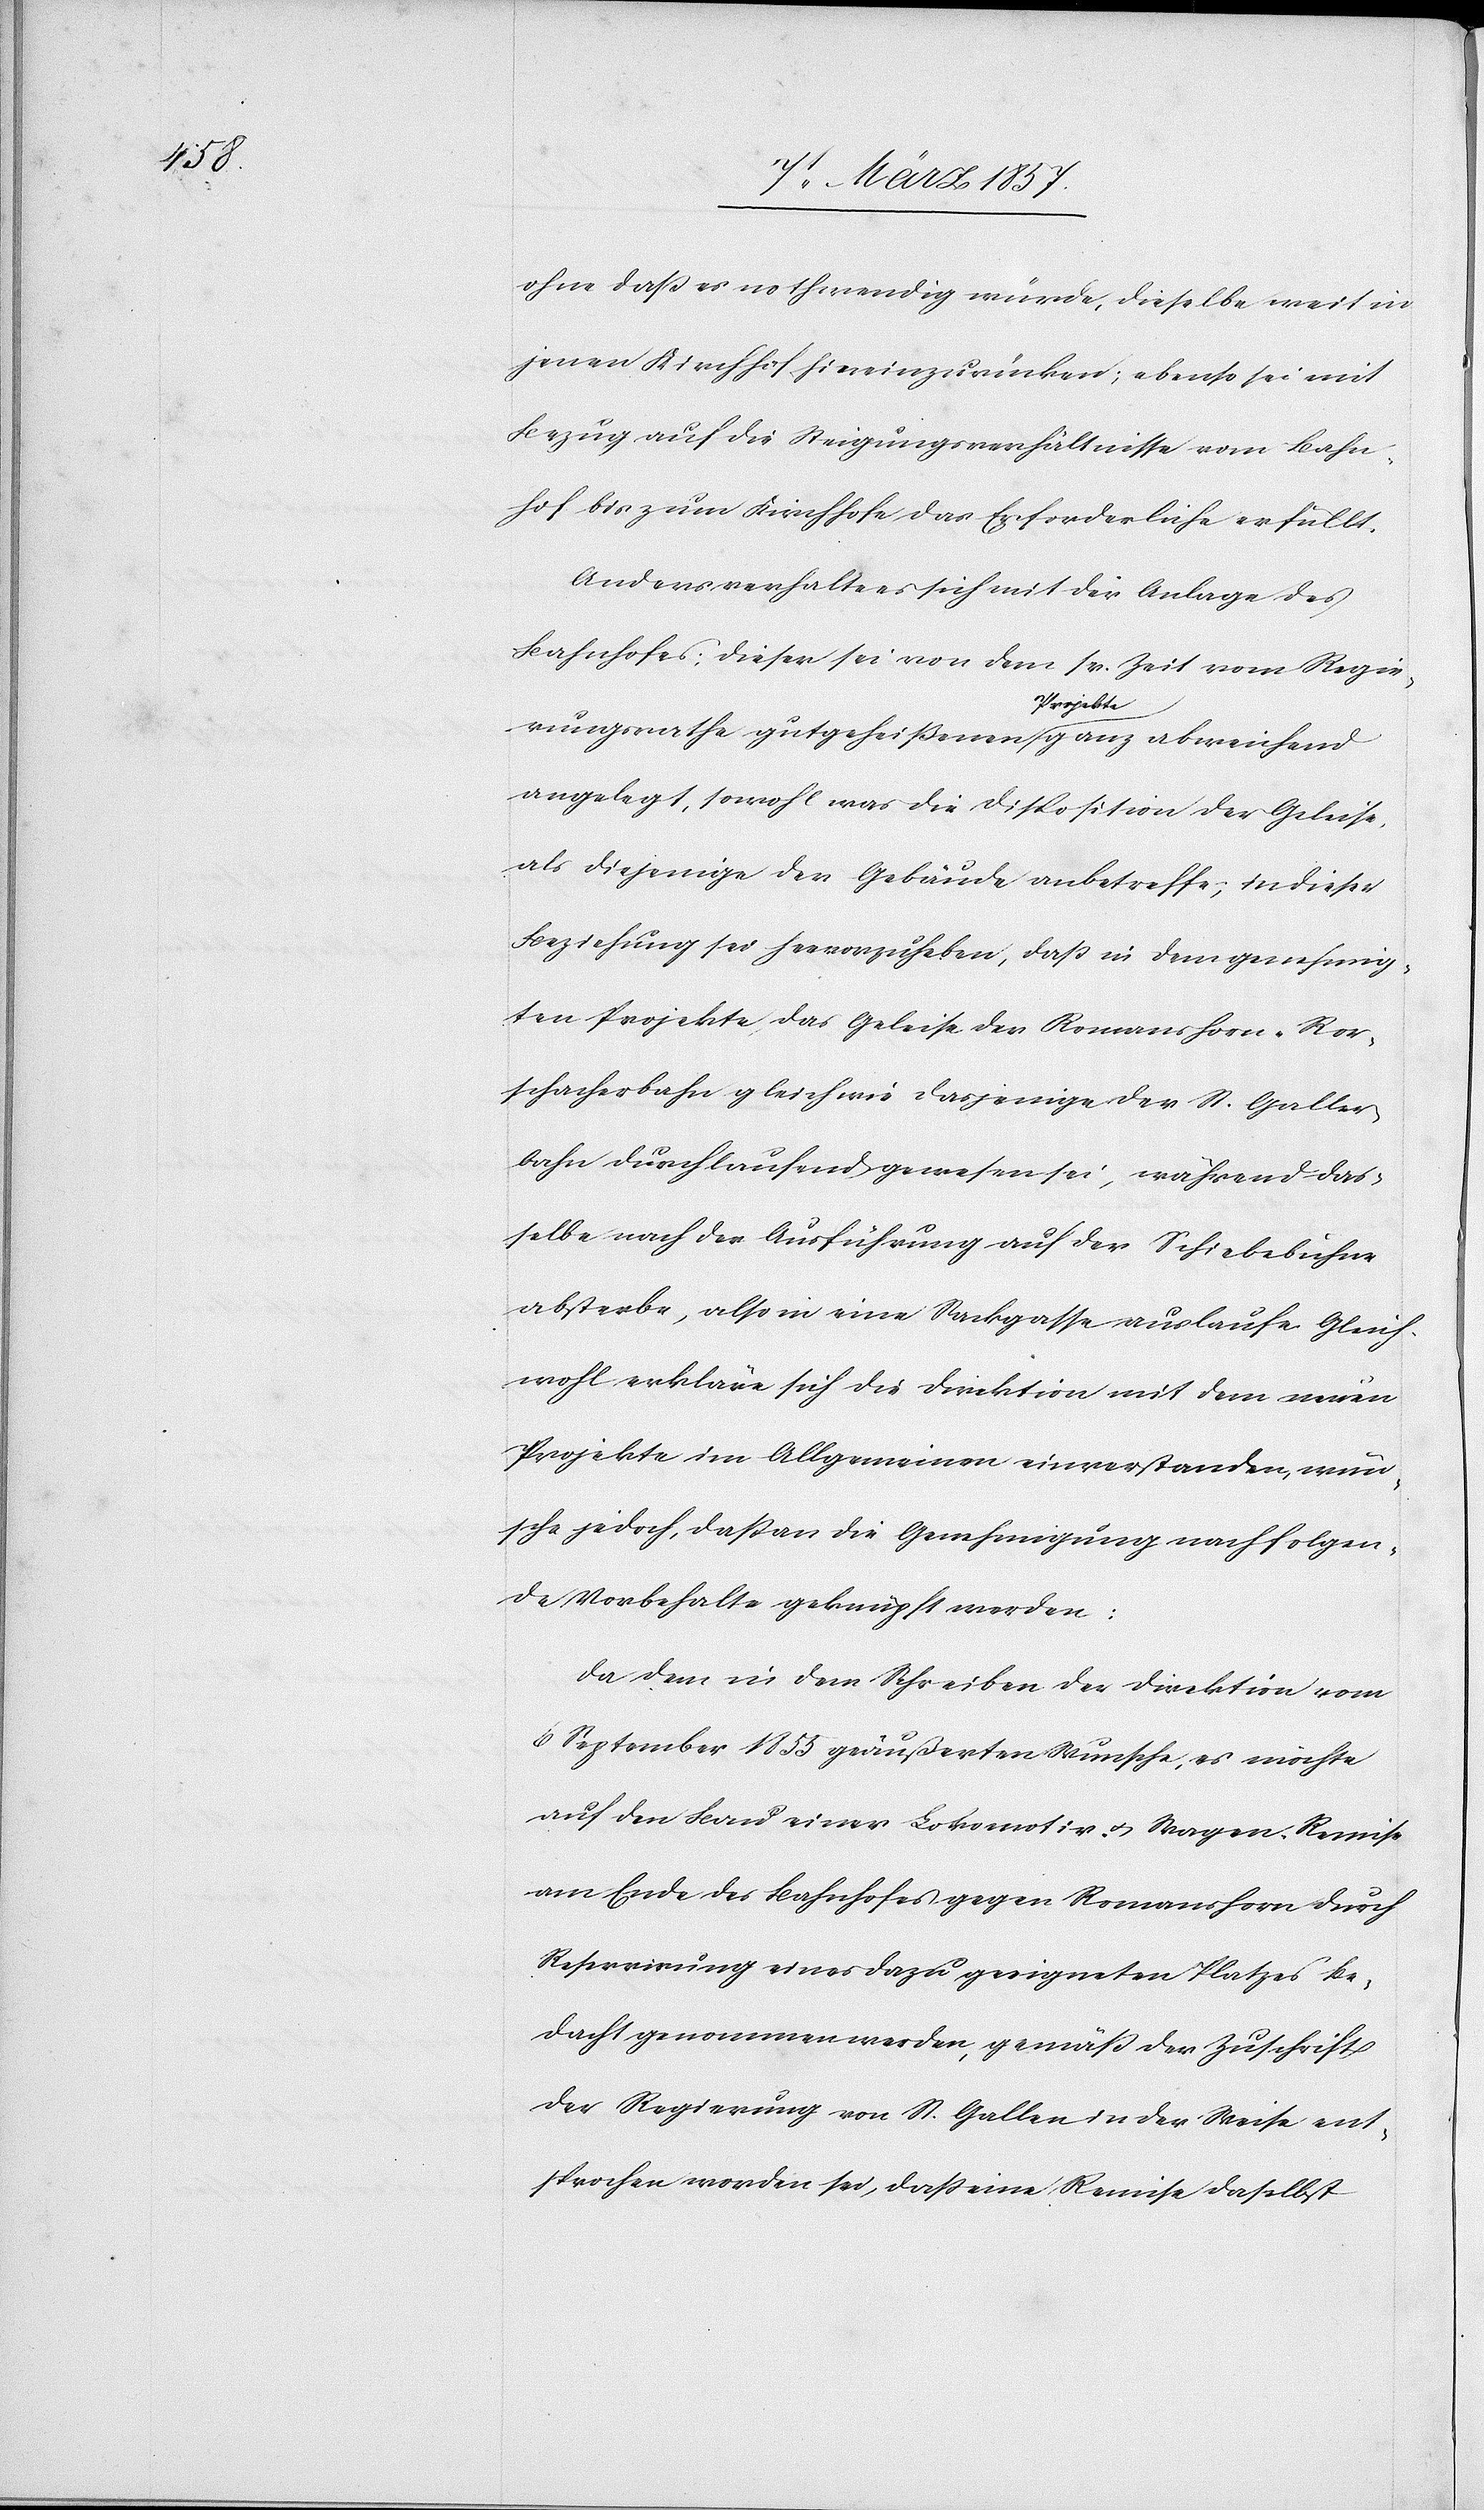
ohne daß es nothwendig würde, dieselbe weit in
jenen Kirchhof hineinzurücken; ebenso sei mit
Bezug auf die Steigungsverhältnisse vom Bahn¬
hof bis zum Kirchhofe das Erforderliche erfüllt.
Anders verhalte es sich mit der Anlage des
Bahnhofes; dieser sei von dem sr. zeit vom Regie¬
rungsrathe gutgeheißenen Projekte ganz abweichend
angelegt, sowohl was die Disposition der Geleise,
als diejenige der Gebäude anbetreffe, in dieser
Beziehung sei hervorzuheben, daß in dem genehmig¬
ten Projekte das Geleise der Romanshorn-Ror¬
schacherbahn gleich wie dasjenige der St. Galler¬
bahn durchlaufend gewesen sei, während das¬
selbe nach der Ausführung auf der Schiebebühne
absterbe, also in eine Sackgasse auslaufe. Gleich¬
wohl erkläre sich die Direktion mit dem neuen
Projekte im Allgemeinen einverstanden, wün¬
sche jedoch, daß an die Genehmigung nachfolgen¬
de Vorbehalte geknüpft werden:
Da dem in den Schreiben der Direktion vom
6 September 1855 geäußerten Wunsche, es möchte
auf den Bau einer Lokomotiv- u. Wagen-Remise
am Ende des Bahnhofes gegen Romanshorn durch
Reservirung eines dazu geeigneten Platzes be¬
dacht genommen werden, gemäß der Zuschrift
der Regierung von St. Gallen in der Weise ent¬
sprochen worden sei, daß eine Remise daselbst